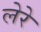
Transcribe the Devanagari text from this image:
लेरे